Indian journal of veterinary science and animal husbandry - Volume 2,
Year: 1932
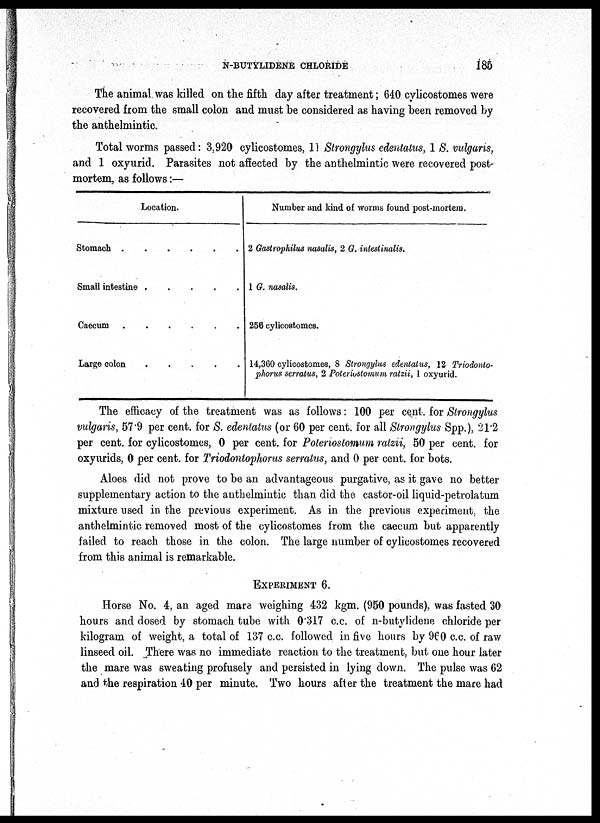
N-BUTYLIDENE CHLORIDE
185
The animal was killed on the fifth day after treatment; 640 cylicostomes were
recovered from the small colon and must be considered as having been removed by
the anthelmintic.
Total worms passed: 3.920 cylicostomes, 11 Strongylus edentatus, 1 S. vulgaris,
and 1 oxyurid. Parasites not affected by the anthelmintic were recovered post-
mortem, as follows:—
Location.
Stomach
Small intestine
.....
Caecum
......
Large colon
Number and kind of worms found post-mortem.
2 Gastrophilus nasalis, 2 G.intestinalis.
1 G. nasalis.
256 cylicostomes.
14,360 cylicostomes, 8 Strongylus edentatus, 12 Triodonto¬
phorus serratus, 2 Paterovstomum ratzii, 1 oxyurid.
The efficacy of the treatment was as follows: 100 per cent. for Strongylus
vulgaris, 57.9 per cent. for S. edentatus (or 60 per cent. for all Strongylus Spp.), 21.2
per cent. for cylicostomes, 0 per cent. for Poleriostomum ratzii, 50 per cent. for
oxyurids, 0 per cent. for Triodontophorus serratus, and 0 per cent. for bots.
Aloes did not prove to be an advantageous purgative, as it gave no better
supplementary action to the anthelmintic than did the. castor-oil liquid-petrolatum
mixture used in the previous experiment. As in the previous experiment, the
anthelmintic removed most of the cylicostomes from the caecum but apparently
failed to reach those in the colon. The large number of cylicostomes recovered
from this animal is remarkable.
EXPERIMENT 6.
Horse No. 4, an aged mare weighing 432 kgm. (950 pounds), was fasted 30
hours and dosed by stomach tube with 0.317 c.c. of n-butylidene chloride per
kilogram of weight, a total of 137 c.c. followed in five hours by 960 c.c. of raw
linseed oil. There was no immediate reaction to the treatment, but one hour later
the mare was sweating profusely and persisted in lying down. The pulse was 62
and the respiration 40 per minute. Two hours after the treatment the mare had